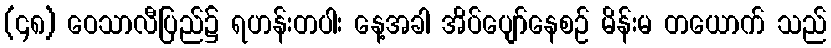
(၄၈) ဝေသာလီပြည်၌ ရဟန်းတပါး နေ့အခါ အိပ်ပျော်နေစဉ် မိန်းမ တယောက် သည်